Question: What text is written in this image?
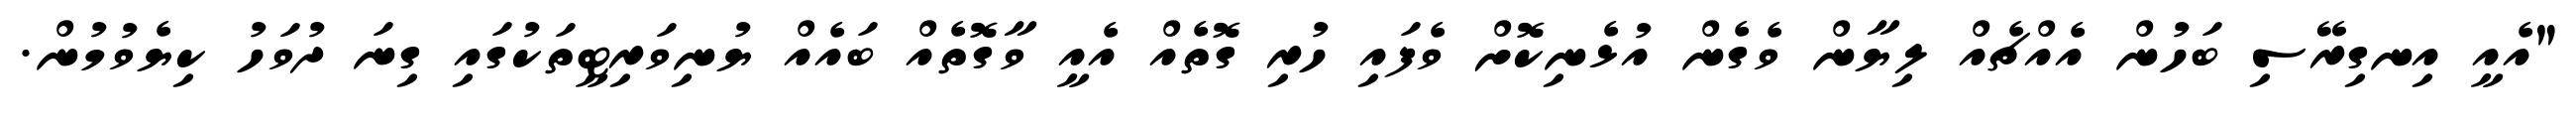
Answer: "އެއީ އިނގިރޭސި ބަހުން އެއްޗެއް ލިޔާން ވެގެން އުޅެނިކޮށް ވެފައި ހުރި ގޮތެއް އެއީ ވާގޮތެއް ބައެއް ޔުނިވަރިޓީތަކުގައި ގިނަ ދުވަހު ކިޔެވުމުން.